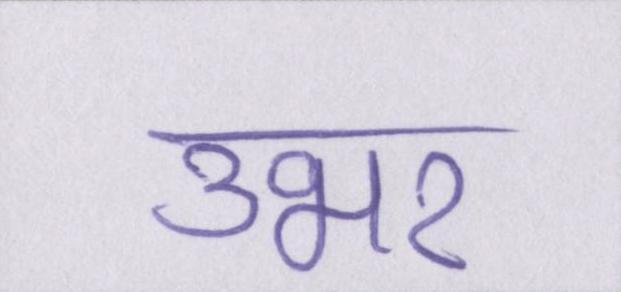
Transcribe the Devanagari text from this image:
उभर